Vaccine operations Central Provinces & Berar 1922-1929 - 1922-1929
Year: 1922
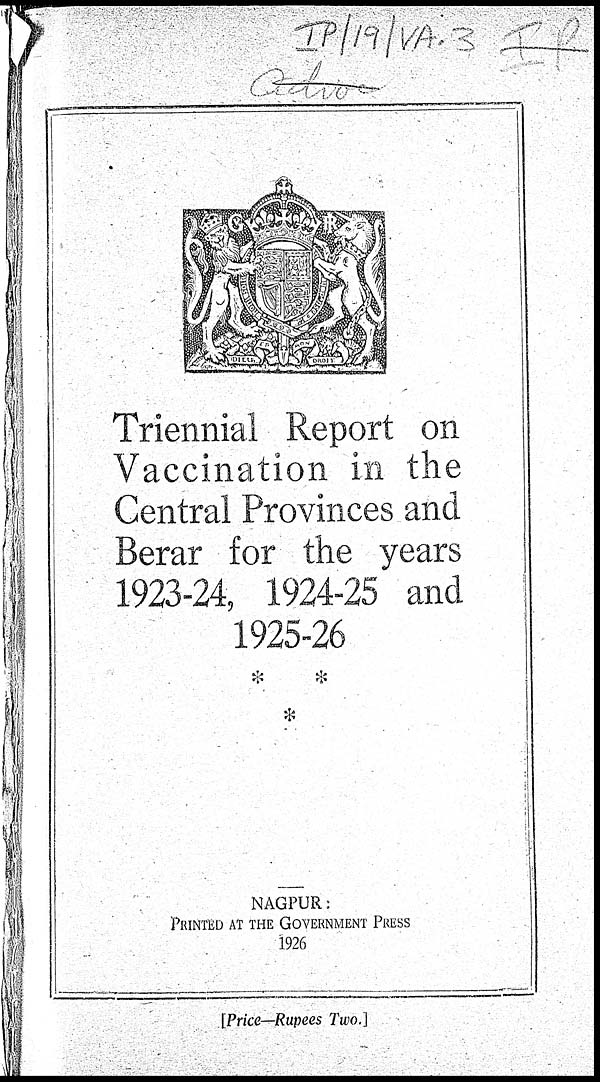
Triennial Report on
Vaccination in the
Central Provinces and
Berar for the years
1923-24, 1924-25 and
1925-26
NAGPUR:
PRINTED AT THE GOVERNMENT PRESS
1926
[Price—Rupees Two.]